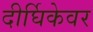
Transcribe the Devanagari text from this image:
दीर्घिकेवर